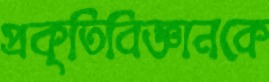
প্রকৃতিবিজ্ঞানকে